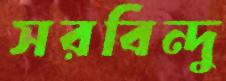
সরবিন্দু